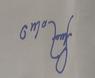
Signature authenticity: forged